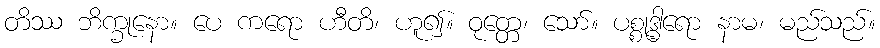
တိဿ ဘိက္ခုနော။ ပေ ကရော ဟီတိ၊ ဟူ၍။ ဝုတ္တေ၊ သော်။ ပစ္စုဒ္ဓါရော နာမ၊ မည်သည်။